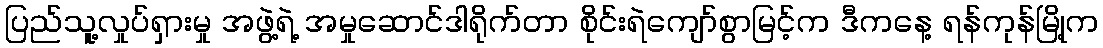
ပြည်သူ့လှုပ်ရှားမှု အဖွဲ့ရဲ့ အမှုဆောင်ဒါရိုက်တာ စိုင်းရဲကျော်စွာမြင့်က ဒီကနေ့ ရန်ကုန်မြို့က